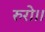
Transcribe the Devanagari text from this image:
रुरो।।